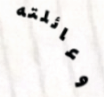
وعائلته